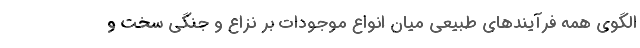
الگوي همه فرآيندهاي طبيعي ميان انواع موجودات بر نزاع و جنگي سخت و